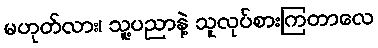
မဟုတ်လား၊ သူ့ပညာနဲ့ သူလုပ်စားကြတာလေ